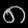
Digit: ၈